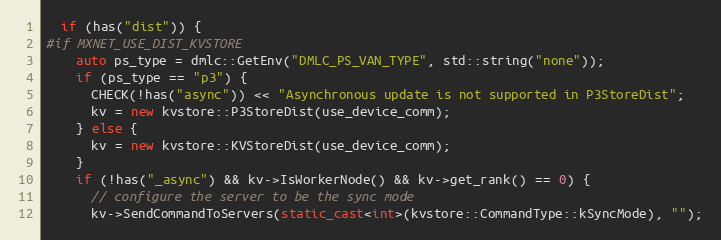
Language: C++
  if (has("dist")) {
#if MXNET_USE_DIST_KVSTORE
    auto ps_type = dmlc::GetEnv("DMLC_PS_VAN_TYPE", std::string("none"));
    if (ps_type == "p3") {
      CHECK(!has("async")) << "Asynchronous update is not supported in P3StoreDist";
      kv = new kvstore::P3StoreDist(use_device_comm);
    } else {
      kv = new kvstore::KVStoreDist(use_device_comm);
    }
    if (!has("_async") && kv->IsWorkerNode() && kv->get_rank() == 0) {
      // configure the server to be the sync mode
      kv->SendCommandToServers(static_cast<int>(kvstore::CommandType::kSyncMode), "");